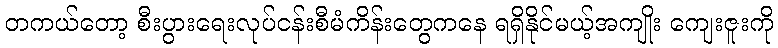
တကယ်တော့ စီးပွားရေးလုပ်ငန်းစီမံကိန်းတွေကနေ ရရှိနိုင်မယ့်အကျိုး ကျေးဇူးကို